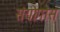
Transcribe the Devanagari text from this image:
संयोगांस